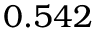
0 . 5 4 2 ^ { }